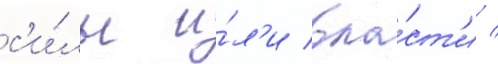
с'и́лы и́л'и вла́ст'и /